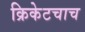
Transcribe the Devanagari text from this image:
क्रिकेटचाच